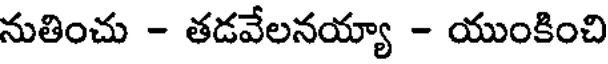
నుతించు - తడవేలనయ్యా - యుంకించి